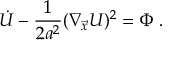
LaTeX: \dot { U } - { \frac { 1 } { 2 a ^ { 2 } } } ( \nabla _ { \vec { x } } U ) ^ { 2 } = \Phi \ .